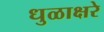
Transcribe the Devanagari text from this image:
धुळाक्षरे